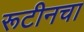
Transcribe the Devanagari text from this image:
रूटीनचा